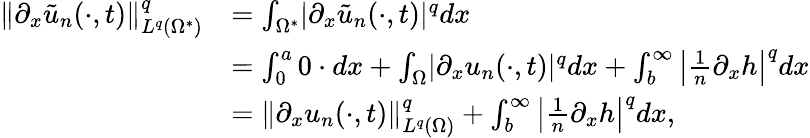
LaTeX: \begin{array}{rl}{\lVert\partial_{x}\tilde{u}_{n}(\cdot,t)\rVert_{L^{q}(\Omega^{*})}^{q}}&{=\int_{\Omega^{*}}\lvert\partial_{x}\tilde{u}_{n}(\cdot,t)\rvert^{q}dx}\\ &{=\int_{0}^{a}0\cdot dx+\int_{\Omega}\lvert\partial_{x}u_{n}(\cdot,t)\rvert^{q}dx+\int_{b}^{\infty}\left\vert\frac{1}{n}\partial_{x}h\right\vert^{q}dx}\\ &{=\lVert\partial_{x}u_{n}(\cdot,t)\rVert_{L^{q}(\Omega)}^{q}+\int_{b}^{\infty}\left\vert\frac{1}{n}\partial_{x}h\right\vert^{q}dx,}\end{array}